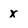
Character: X